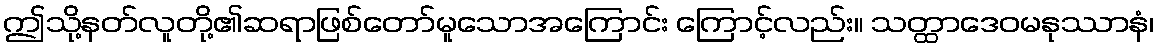
ဤသို့နတ်လူတို့၏ဆရာဖြစ်တော်မူသောအကြောင်း ကြောင့်လည်း။ သတ္ထာဒေဝမနုဿာနံ၊